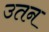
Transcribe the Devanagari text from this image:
उतन